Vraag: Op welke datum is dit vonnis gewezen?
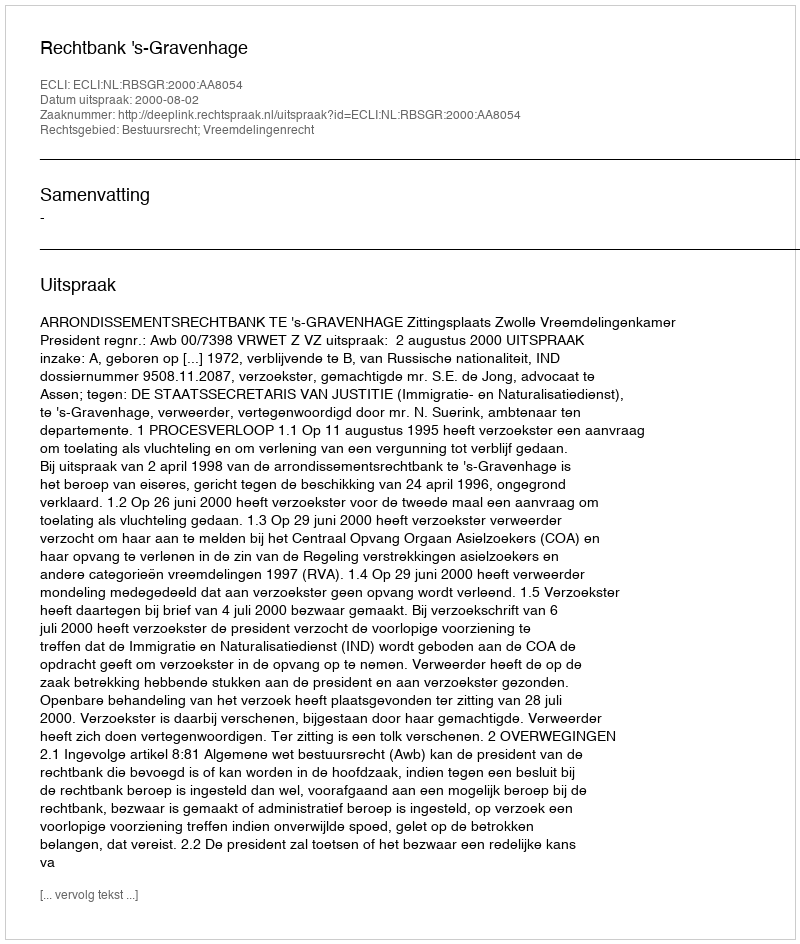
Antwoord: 2000-08-02